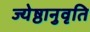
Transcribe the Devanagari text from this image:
ज्येष्ठानुवृति